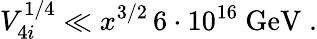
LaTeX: V_{4i}^{1/4}\ll x^{3/2}\, 6\cdot 10^{16}\mathrm{~GeV}\; .